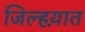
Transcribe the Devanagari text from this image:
जिल्हय़ात